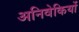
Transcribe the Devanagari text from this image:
अनिवेकियों